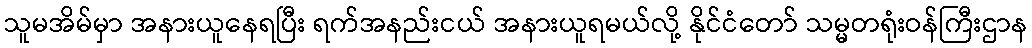
သူမအိမ်မှာ အနားယူနေရပြီး ရက်အနည်းငယ် အနားယူရမယ်လို့ နိုင်ငံတော် သမ္မတရုံးဝန်ကြီးဌာန